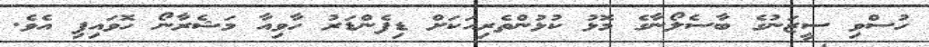
ހުސްވި ސީޒަނުގެ ބާސެލޯނާގެ މޮޅު ކުޅުންތެރިއަކަށް ޑިފެންޑަރު ހާވިއާ މަޝެރާނޯ ހޮވައިފި އެވެ.